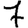
Digit: 7